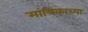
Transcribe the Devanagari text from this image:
मांत्रिकाच्या